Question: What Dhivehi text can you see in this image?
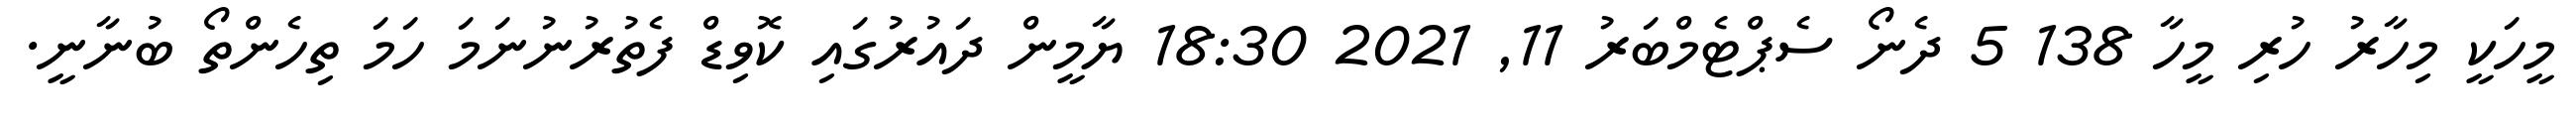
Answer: މީހަކީ މިހާރު ހުރި މީހާ 138 5 ދެނޯ ސެޕްޓެމްބަރު 11, 2021 18:30 ޔާމީން ދައުރުގައި ކޮވިޑް ފެތުރުނުނަމަ ހަމަ ތިހެންތޯ ބުނާނީ.